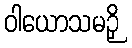
ဝါယောသမဉှိ